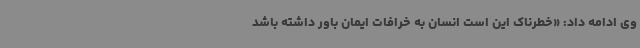
وی ادامه داد: «خطرناک این است انسان به خرافات ایمان باور داشته باشد